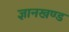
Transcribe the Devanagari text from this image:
ज्ञानखण्ड